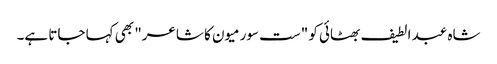
شاہ عبد الطیف بھٹائی کو "ست سورمیون کا شاعر" بھی کہا جاتا ہے۔